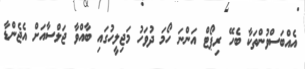
އެއްބަސްވުންތަކާ ބެހޭ ރިޕޯޓް އަންނަ ހޯމަ ދުވަހު މަޖިލީހުގައި ބާއްވާ ޖަލްސާއަށް އެޖެންޑާ